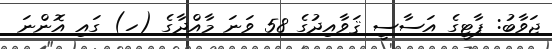
ޖަވާބު: ޕާޓީގެ އަސާސީ ޤަވާއިދުގެ 58 ވަނަ މާއްދާގެ (ހ) ގައި އޮންނަ